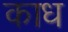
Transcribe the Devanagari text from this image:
काध